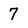
Character: 7